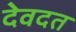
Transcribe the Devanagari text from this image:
देवदत